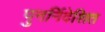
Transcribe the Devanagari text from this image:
पुनर्निदेशित